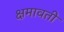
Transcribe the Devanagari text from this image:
क्षमावती